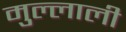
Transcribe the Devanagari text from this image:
मुल्लाली